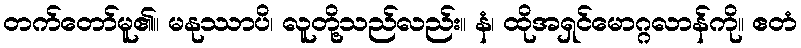
တက်တော်မူ၏။ မနုဿာပိ၊ လူတို့သည်လည်း။ နံ၊ ထိုအရှင်မောဂ္ဂလာန်ကို။ ဧတံ